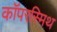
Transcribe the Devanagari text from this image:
कॉपरस्मिथ